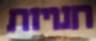
חנויות